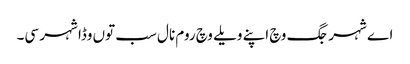
اے شہر جگ وچ اپنے ویلے وچ روم نال سب توں وڈا شہر سی۔